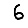
Digit: 6